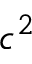
c ^ { 2 }